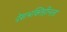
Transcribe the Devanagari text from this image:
देशभक्तिहीनता